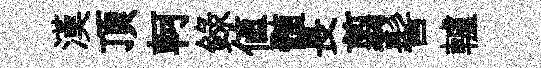
漢頂軻録值髄長翦髻轤